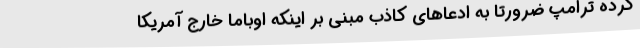
کرده ترامپ ضرورتاً به ادعاهای کاذب مبنی بر اینکه اوباما خارج آمریکا